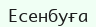
Есенбуға